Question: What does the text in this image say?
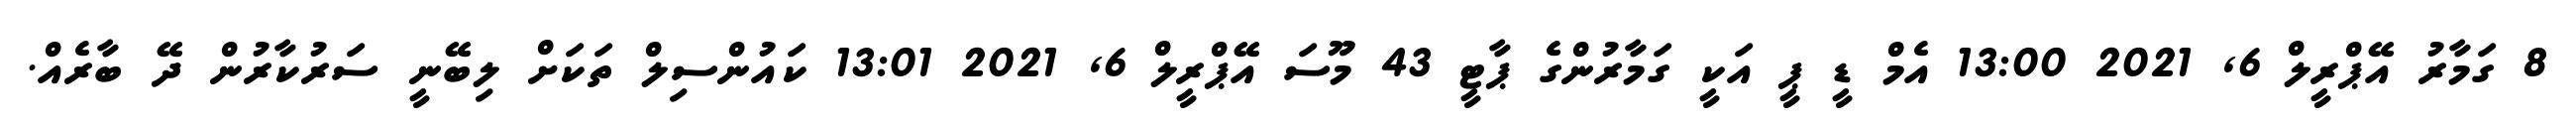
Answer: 8 ގަމާރު އޭޕްރީލް 6, 2021 13:00 އެމް ޑީ ޕީ އަކީ ގަމާރުންގެ ޕާޓީ 43 މޫސަ އޭޕްރީލް 6, 2021 13:01 ކައުންސިލް ތަކަށް ލިބޭނީ ސަރުކާރުން ދޭ ބާރެއް.